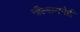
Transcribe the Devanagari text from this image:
नील्सननेही